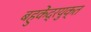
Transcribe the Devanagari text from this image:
बहुकेंद्रयुक्त